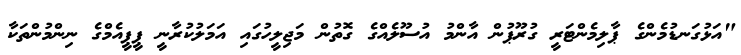
"އަޅުގަނޑުމެންގެ ޕާލިމެންޓަރީ ގުރޫޕުން އާންމު އުސޫލެއްގެ ގޮތުން މަޖިލީހުގައި އަމަލުކުރާނީ ޕީޕީއެމްގެ ނިންމުންތަކާ